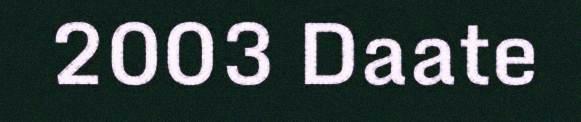
2003 Daate